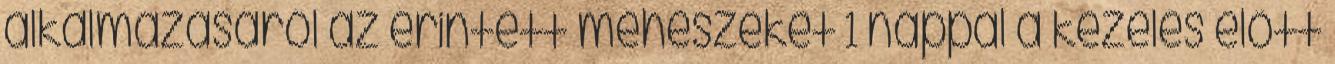
alkalmazásáról az érintett méhészeket 1 nappal a kezelés elõtt